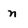
Character: n